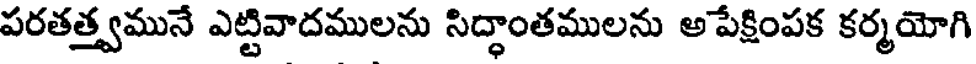
పరతత్త్వమునే ఎట్టివాదములను సిద్ధాంతములను అపేక్షింపక కర్మయోగి